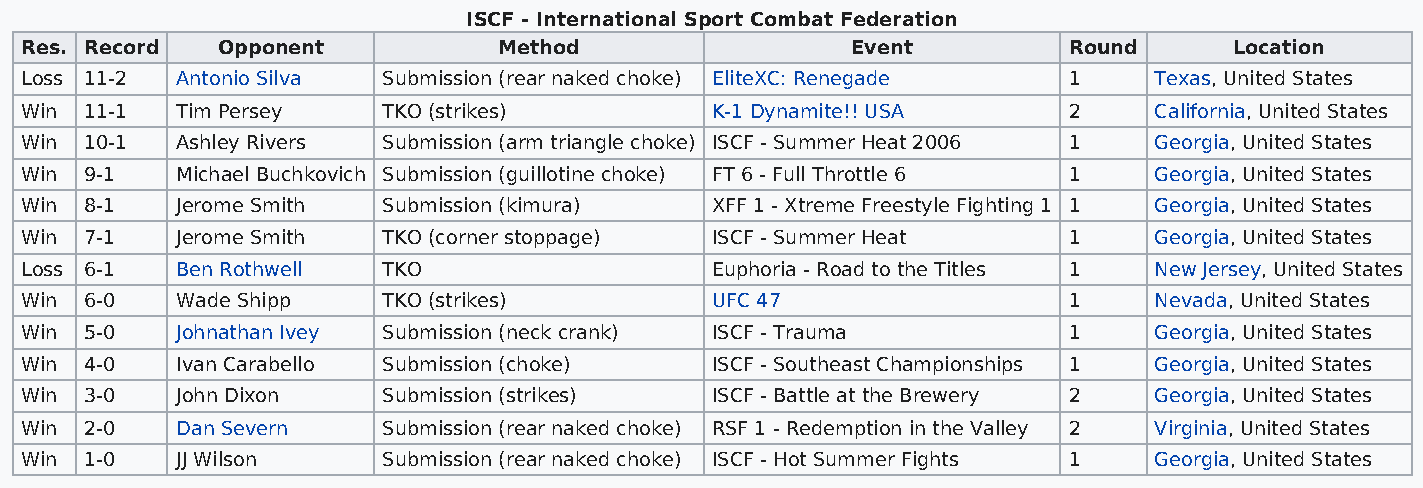
ISCF - International Sport Combat Federation
 Res. Record  Opponent           Method                 Event          Round      Location
 Loss 11-2  Antonio Silva Submission (rear naked choke) EliteXC: Renegade 1 Texas, United States
 Win  11-1  Tim Persey   TKO (strikes)         K-1 Dynamite!! USA      2    California, United States
 Win  10-1  Ashley Rivers Submission (arm triangle choke) ISCF - Summer Heat 2006 1 Georgia, United States
 Win  9-1   Michael Buchkovich Submission (guillotine choke) FT 6 - Full Throttle 6 1 Georgia, United States
 Win  8-1   Jerome Smith Submission (kimura)   XFF 1 - Xtreme Freestyle Fighting 1 1 Georgia, United States
 Win  7-1   Jerome Smith TKO (corner stoppage) ISCF - Summer Heat      1    Georgia, United States
 Loss 6-1   Ben Rothwell TKO                   Euphoria - Road to the Titles 1 New Jersey, United States
 Win  6-0   Wade Shipp   TKO (strikes)         UFC 47                  1    Nevada, United States
 Win  5-0   Johnathan Ivey Submission (neck crank) ISCF - Trauma       1    Georgia, United States
 Win  4-0   Ivan Carabello Submission (choke)  ISCF - Southeast Championships 1 Georgia, United States
 Win  3-0   John Dixon   Submission (strikes)  ISCF - Battle at the Brewery 2 Georgia, United States
 Win  2-0   Dan Severn   Submission (rear naked choke) RSF 1 - Redemption in the Valley 2 Virginia, United States
 Win  1-0   JJ Wilson    Submission (rear naked choke) ISCF - Hot Summer Fights 1 Georgia, United States